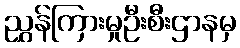
ညွှန်ကြားမှုဦးစီးဌာနမှ